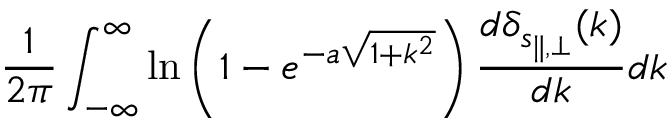
\frac { 1 } { 2 \pi } \int _ { - \infty } ^ { \infty } \ln \left( 1 - e ^ { - a \sqrt { 1 + k ^ { 2 } } } \right) \frac { d \delta _ { s _ { \parallel , \perp } } ( k ) } { d k } d k